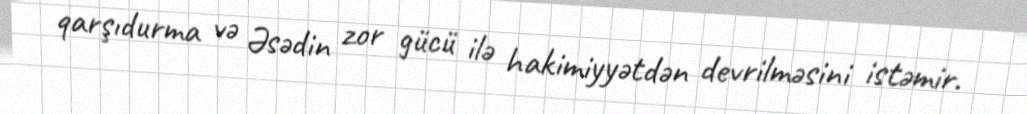
qarşıdurma və Əsədin zor gücü ilə hakimiyyətdən devrilməsini istəmir.